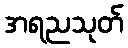
အရညသုတ်